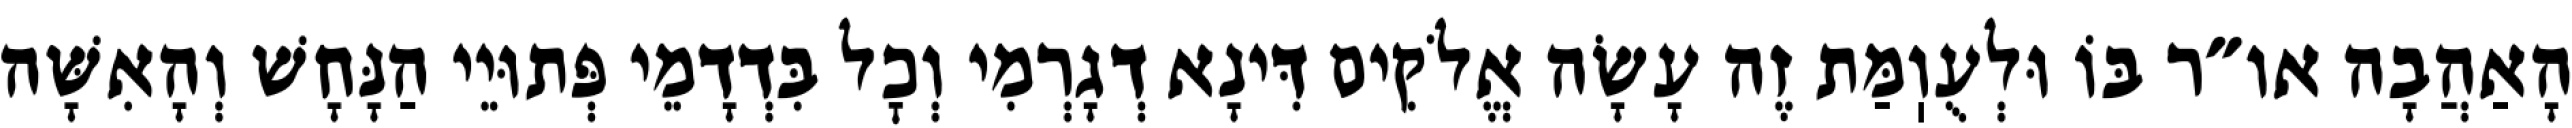
הָאַהֲבָה או״ר בּוֹ וּלְעֻוֽמַּת זֶה עָשָׂה אֱלֹקִים דִּינָא דְגָרְמִי וְכׇל בִּדְדָמֵי פְּתוּיֵי הַנָּחָשׁ וְהָאִשָּׁה